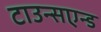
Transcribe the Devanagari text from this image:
टाउन्सएन्ड